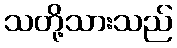
သတို့သားသည်